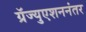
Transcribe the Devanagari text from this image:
ग्रॅज्युएशननंतर